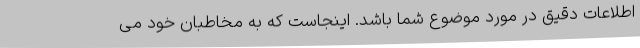
اطلاعات دقیق در مورد موضوع شما باشد. اینجاست که به مخاطبان خود می